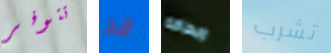
تتوفر قد وبطاقة تشرب